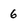
Character: 6